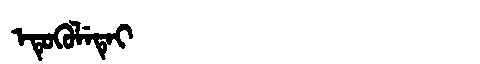
Manchu: ᡝᡨᡠᡴᡠᠯᡝᡨᡝᡳ
Romanization: ETUKULETEI